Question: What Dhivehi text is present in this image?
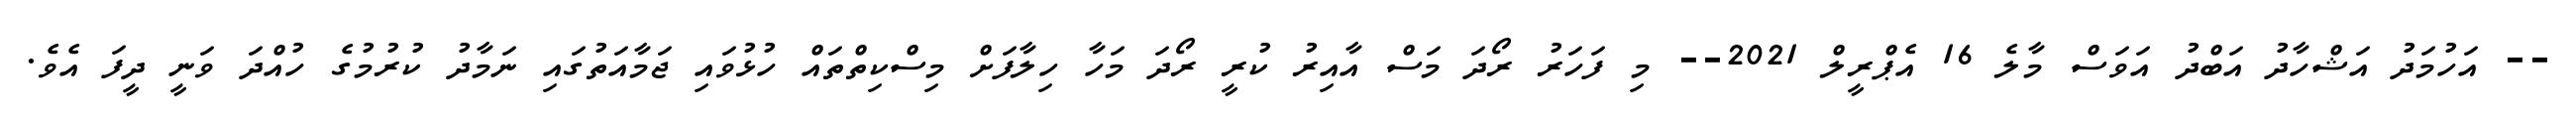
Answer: -- އަހުމަދު އަޝްހާދު އަބްދު އަވަސް މާލެ 16 އެޕްރީލް 2021-- މި ފަހަރު ރޯދަ މަސް އާއިރު ކުރީ ރޯދަ މަހާ ހިލާފަށް މިސްކިތްތައް ހުޅުވައި ޖަމާއަތުގައި ނަމާދު ކުރުމުގެ ހުއްދަ ވަނީ ދީފަ އެވެ.